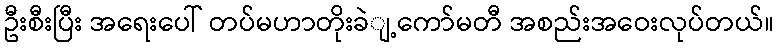
ဦးစီးပြီး အရေးပေါ် တပ်မဟာတိုးခဲျ့ကော်မတီ အစည်းအဝေးလုပ်တယ်။